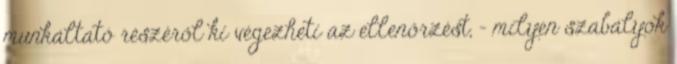
munkáltató részéről ki végezheti az ellenőrzést, – milyen szabályok